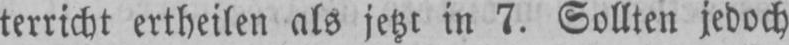
terricht ertheilen als jetzt in 7. Sollten jedoch